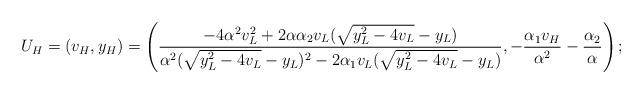
LaTeX: \begin{align*}U_H=(v_H,y_H)=\left(\frac{-4\alpha^2 v_L^2+2\alpha \alpha_2 v_L(\sqrt{y_L^2-4v_L}-y_L)}{\alpha^2(\sqrt{y_L^2-4v_L}-y_L)^2-2\alpha_1 v_L(\sqrt{y_L^2-4v_L}-y_L)}, -\frac{\alpha_1v_H}{\alpha^2}-\frac{\alpha_2}{\alpha} \right);\end{align*}